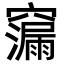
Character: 𮄠